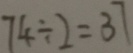
7 4 \div 2 = 3 7